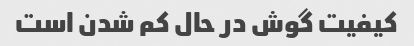
کیفیت گوش در حال کم شدن است